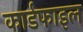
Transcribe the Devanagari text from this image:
कार्डफाइल